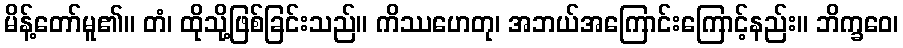
မိန့်တော်မူ၏။ တံ၊ ထိုသို့ဖြစ်ခြင်းသည်။ ကိဿဟေတု၊ အဘယ်အကြောင်းကြောင့်နည်း။ ဘိက္ခဝေ၊